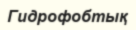
Гидрофобтық